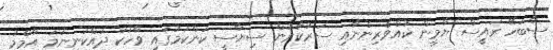
ސާބަހޭ ރައީސް ޔާމީން ކުއްވެރިންނާއި ސަރުކާރުން ސިޔާސީ ކަންކަމުގައި ވާހަކަ ދައްކަނީނަމަ އާމްމު